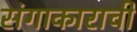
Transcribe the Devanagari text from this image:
संगाकाराची